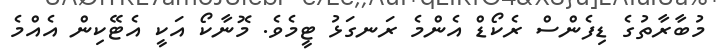
މުބާރާތުގެ ޑިފެންސް ރެކޯޑް އެންމެ ރަނގަޅު ޓީމެވެ. މޮނާކޯ އަކީ އެޓޭކިން އެއްމެ